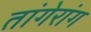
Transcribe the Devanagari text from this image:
तांगेरांग